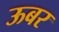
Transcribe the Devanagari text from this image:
ऊबर